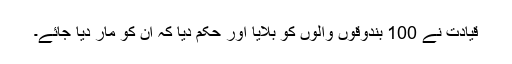
قیادت نے 100 بندوقوں والوں کو بلایا اور حکم دیا کہ ان کو مار دیا جائے۔